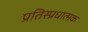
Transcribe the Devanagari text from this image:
प्रतिस्प्रधात्मक